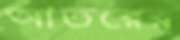
আতরের